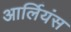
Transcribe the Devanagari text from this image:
आर्लियंस